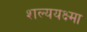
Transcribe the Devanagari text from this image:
शल्ययक्ष्मा